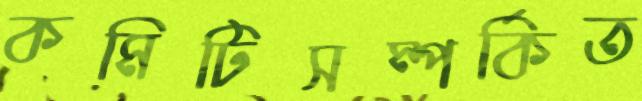
কমিটিসম্পর্কিত